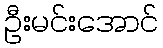
ဦးမင်းအောင်